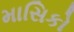
માસિકો